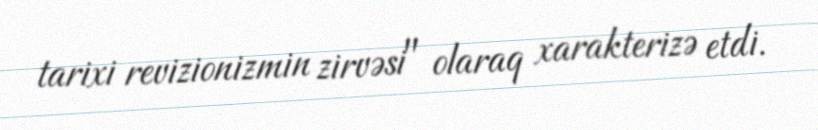
tarixi revizionizmin zirvəsi" olaraq xarakterizə etdi.